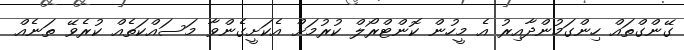
ގޭންގްތައް ހިންގަމުންދާއިރު އެ މީހުން ކޮންޓްރޯލް ކުރުމަށް އެކަށީގެންވާ މަސައްކަތެއް ކުރެވޭ ތަނެއް